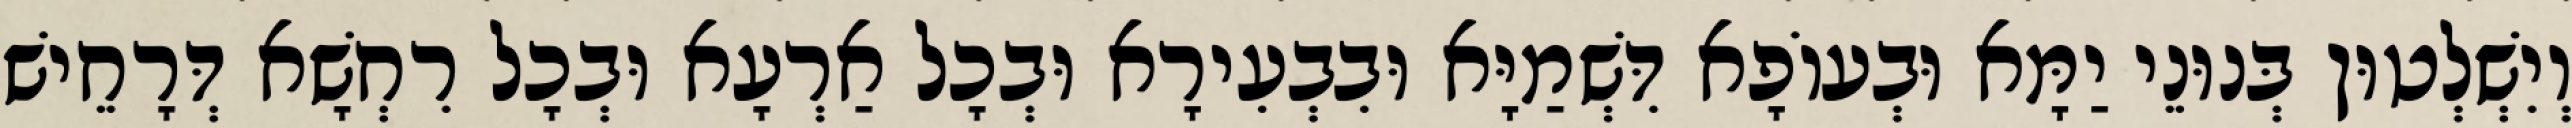
וְיִשְׁלְטוּן בְּנוּנֵי יַמָּא וּבְעוֹפָא דִּשְׁמַיָּא וּבִבְעִירָא וּבְכָל אַרְעָא וּבְכָל רִחְשָׁא דְּרָחֵישׁ